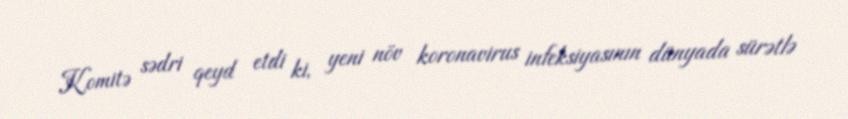
Komitə sədri qeyd etdi ki, yeni növ koronavirus infeksiyasının dünyada sürətlə